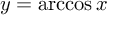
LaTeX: y = \operatorname { a r c c o s } x \,